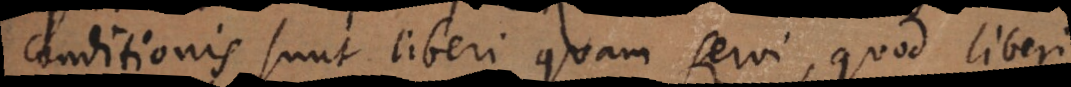
conditionis sunt liberi quam servi, quod liberi